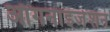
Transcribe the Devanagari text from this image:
ऑगनाइजेशन